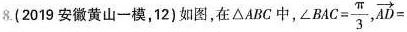
8. (2019安徽黄山一模，12)如图，在△ABC中，$$∠ B A C = \frac{ \pi } { 3 }$$, $$\overrightarrow { A D } =